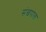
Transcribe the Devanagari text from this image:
संखपाल